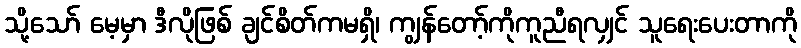
သို့သော် မေ့မှာ ဒီလိုဖြစ် ချင်စိတ်ကမရှိ၊ ကျွန်တော့်ကိုကူညီရလျှင် သူရေးပေးတာကို